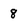
Character: 8